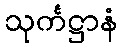
သုင်္ကဋ္ဌာနံ